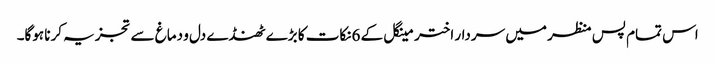
اس تمام پس منظر میں سردار اختر مینگل کے 6نکات کا بڑے ٹھنڈے دل و دماغ سے تجزیہ کرنا ہوگا۔